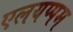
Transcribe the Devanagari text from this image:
एलयप्पम